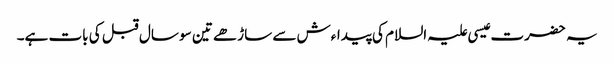
یہ حضرت عیسی علیہ السلام کی پیداءش سے ساڑھے تین سو سال قبل کی بات ہے۔